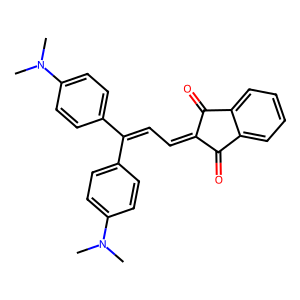
SMILES: CN(C)c1ccc(C(=CC=C2C(=O)c3ccccc3C2=O)c2ccc(N(C)C)cc2)cc1
Inhibits HIV replication: No